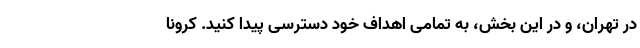
در تهران، و در این بخش، به تمامی اهداف خود دسترسی پیدا کنید. کرونا